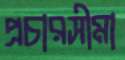
প্রচারসীমা